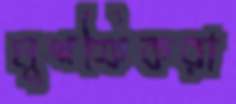
মুশফিকরা